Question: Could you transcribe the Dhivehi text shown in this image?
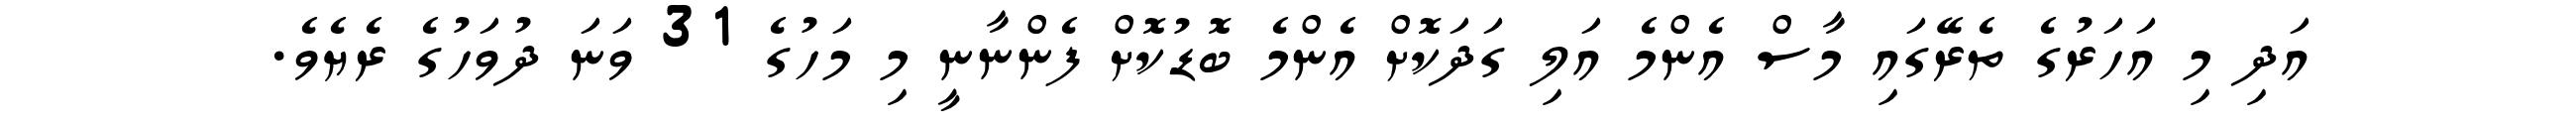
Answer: އަދި މި އަހަރުގެ ތެރޭގައި މާސް އެންމެ އަލި ގަދަކޮށް އެންމެ ބޮޑުކޮށް ފެންނާނީ މި މަހުގެ 31 ވަނަ ދުވަހުގެ ރެޔެވެ.